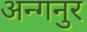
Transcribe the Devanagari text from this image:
अन्गनुर